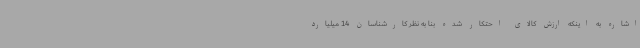
اشاره به اینکه ارزش کالای احتکار شده بنا به نظر کارشناسان 14 میلیارد